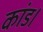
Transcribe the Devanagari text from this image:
कांड।